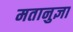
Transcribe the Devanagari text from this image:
मतानुज्ञा